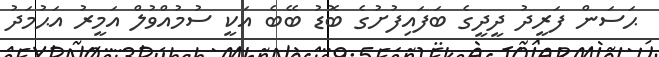
ޙަސަން ފަރީދު ދީދީގެ ބަފައިފުށުގެ ބޮޑު ބޭބެ އަކީ ސުމުއްވުލް އަމީރު އަޙުމަދު